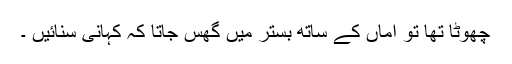
چھوٹا تھا تو اماں کے ساتھ بستر میں گھس جاتا کہ کہانی سنائیں ۔